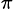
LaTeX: _\pi